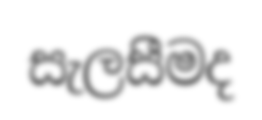
සැලසීමද